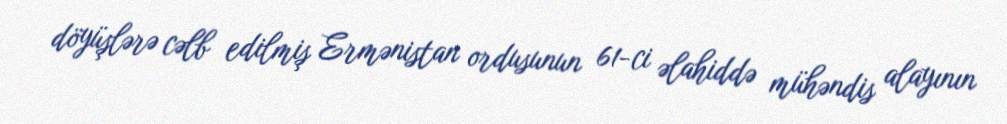
döyüşlərə cəlb edilmiş Ermənistan ordusunun 61-ci əlahiddə mühəndis alayının